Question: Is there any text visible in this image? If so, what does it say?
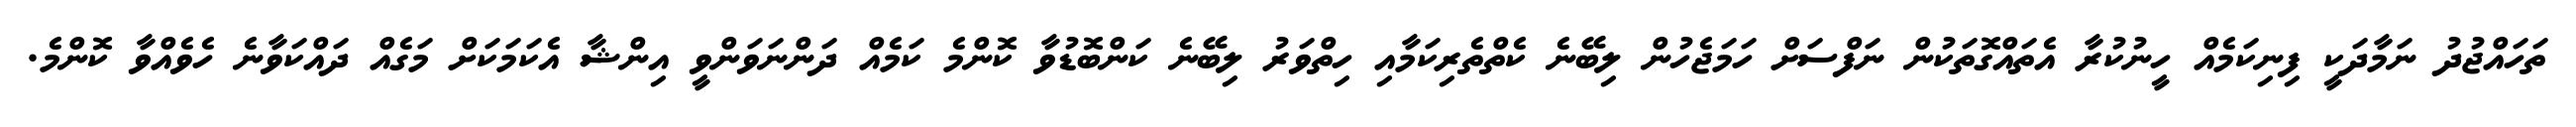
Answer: ތަހައްޖުދު ނަމާދަކީ ފިނިކަމެއް ހީނުކުރާ އެތައްގޮތަކުން ނަފްސަށް ހަމަޖެހުން ލިބޭނެ ކެތްތެރިކަމާއި ހިތްވަރު ލިބޭނެ ކަންބޮޑުވާ ކޮންމެ ކަމެއް ދަންނަވަންވީ އިންޝާ އެކަމަކަށް މަގެއް ދައްކަވާނެ ހެވެއްވާ ކޮންމެ.